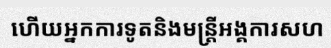
ហើយអ្នកការទូតនិងមន្ត្រីអង្គការសហ